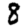
Digit: 8